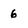
Character: 6